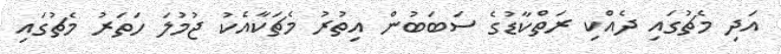
އަދި މެޗުގައި ދެއްކި ރަތްކާޑުގެ ސަބަބުން އިތުރު މެޗަކާއެކު ޖުމުލަ ހަތަރު މެޗުގައި